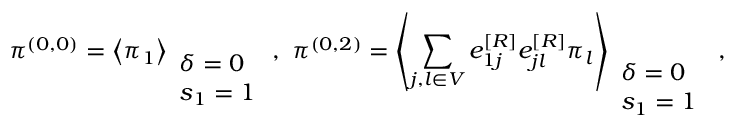
\pi ^ { ( 0 , 0 ) } = \left\langle \pi _ { 1 } \right\rangle _ { \begin{array} { l } { \delta = 0 } \\ { s _ { 1 } = 1 } \end{array} } , ~ \pi ^ { ( 0 , 2 ) } = \left\langle \sum _ { j , l \in V } e _ { 1 j } ^ { [ R ] } e _ { j l } ^ { [ R ] } \pi _ { l } \right\rangle _ { \begin{array} { l } { \delta = 0 } \\ { s _ { 1 } = 1 } \end{array} } \, ,